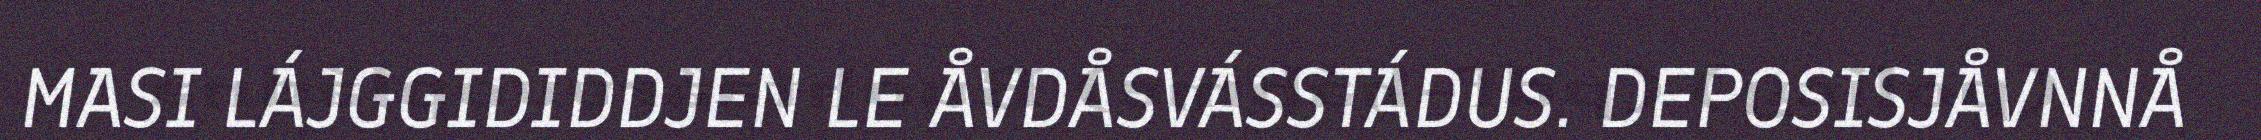
MASI LÁJGGIDIDDJEN LE ÅVDÅSVÁSSTÁDUS. DEPOSISJÅVNNÅ